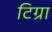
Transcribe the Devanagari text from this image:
टिग्रा